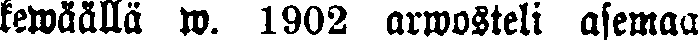
kewäällä w. 1902 arwosteli asemaa